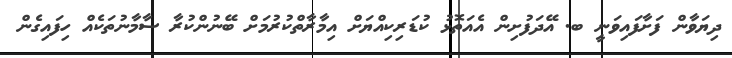
ދިޔަވާން ފަށާފައިވަނީ ބ. އޭދަފުށިން އެއަތޮޅު ކުޑަރިކިއްޔަށް އިމާރާތްކުރުމަށް ބޭނުންކުރާ ސާމާނުތަކެއް ހިފައިގެން